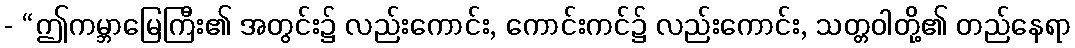
- “ဤကမ္ဘာမြေကြီး၏ အတွင်း၌ လည်းကောင်း, ကောင်းကင်၌ လည်းကောင်း, သတ္တဝါတို့၏ တည်နေရာ